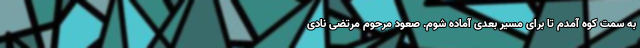
به سمت کوه آمدم تا برای مسیر بعدی آماده شوم. صعود مرحوم مرتضی نادی